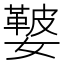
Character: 𡣐